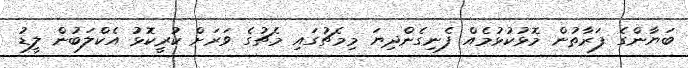
ބަޔާންގެ ފަރާތުން މޮޅުކުޅުމެއް ފެނިގެންދިޔަ މިމެޗުގައި މެޗުގެ ވަރަށް ކުރީކޮޅު އެކްލަބުން ލީޑު